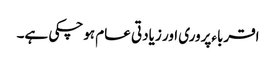
اقرباءپروری اور زیادتی عام ہوچکی ہے۔